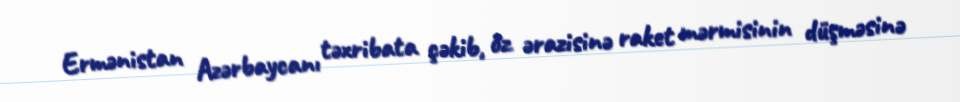
Ermənistan Azərbaycanı təxribata çəkib, öz ərazisinə raket mərmisinin düşməsinə